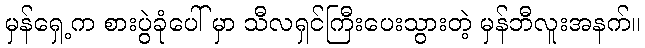
မှန်ရှေ့က စားပွဲခုံပေါ် မှာ သီလရှင်ကြီးပေးသွားတဲ့ မှန်ဘီလူးအနက်။